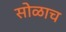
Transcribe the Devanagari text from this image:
सोळाच